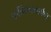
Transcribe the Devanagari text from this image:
फौंडेशनमार्फत